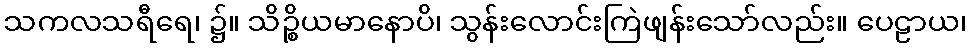
သကလသရီရေ၊ ၌။ သိဉ္စိယမာနောပိ၊ သွန်းလောင်းကြဲဖျန်းသော်လည်း။ ပေဠာယ၊